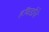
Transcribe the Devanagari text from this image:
हॉवर्डांचे